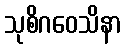
သုစိဂဝေသိနာ